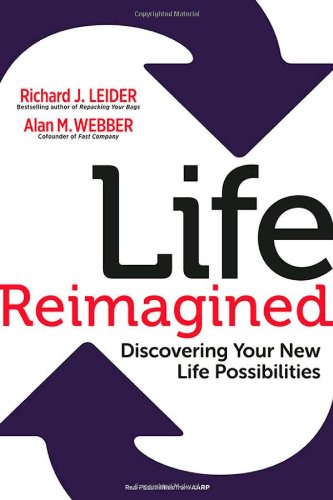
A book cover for Life Reimagined: Discovering Your New Life Possibilities; Richard J. Leider; Self-Help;